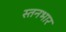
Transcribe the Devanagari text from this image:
स्तनभार